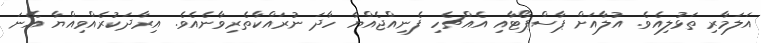
އަލަމާރި ތަޅުލިއެވެ. އުލާއަށް ޕާސްޕޯޓާއި އެއްޗެހި ފެނިއްޖެއްޔާ ހާދަ ނުރައްކާތެރިވާނެއެވެ. އިރާދަކުރެއްވިއްޔާ އޭނަ